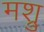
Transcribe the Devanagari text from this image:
मश्रु